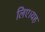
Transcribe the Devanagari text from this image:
लिए।यह